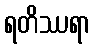
ရတိဿရာ